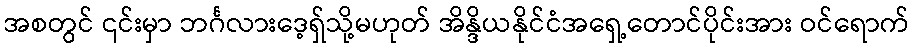
အစတွင် ၎င်းမှာ ဘင်္ဂလားဒေ့ရှ်သို့မဟုတ် အိန္ဒိယနိုင်ငံအရှေ့တောင်ပိုင်းအား ဝင်ရောက်